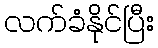
လက်ခံနိုင်ပြီး